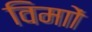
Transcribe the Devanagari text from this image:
विमाों